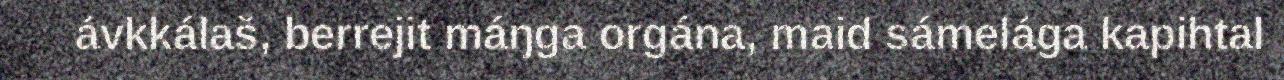
ávkkálaš, berrejit máŋga orgána, maid sámelága kapihtal